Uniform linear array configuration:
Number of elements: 32
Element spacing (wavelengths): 0.75
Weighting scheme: cosine
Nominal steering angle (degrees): -30
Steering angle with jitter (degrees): -29.85
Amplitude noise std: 0.05
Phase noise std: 0.05

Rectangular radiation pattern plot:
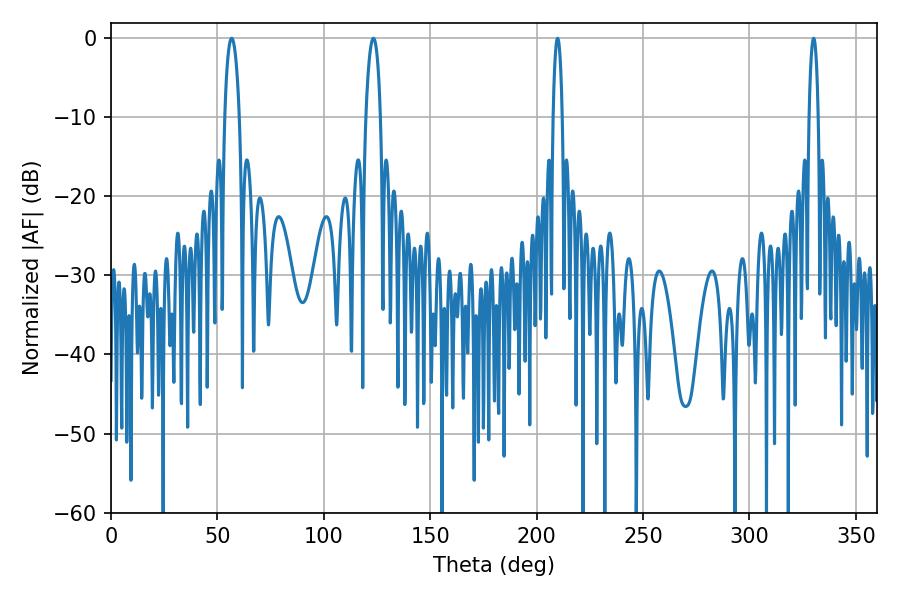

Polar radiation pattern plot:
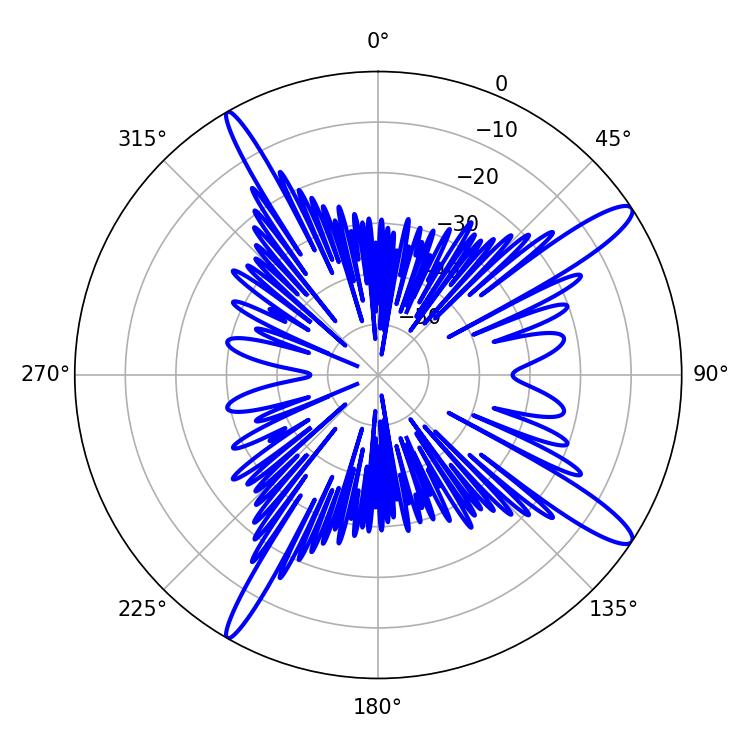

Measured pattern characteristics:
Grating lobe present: TRUE
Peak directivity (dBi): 13.997
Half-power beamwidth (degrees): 3.78
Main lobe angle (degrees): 123.3